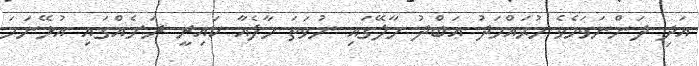
އަދި ދަންނަވަމެވެ މުޙައްމަދު ޢަބްދު މާލޭގައި ނުވަތަ މާލެއާ ކައިރީ ރަށެއްގައި އުޅޭނަމަ